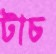
টাচ